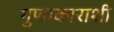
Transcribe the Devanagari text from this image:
गुणाकाराशी